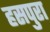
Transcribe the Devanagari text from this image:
हसपुरा